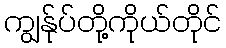
ကျွန်ုပ်တို့ကိုယ်တိုင်